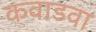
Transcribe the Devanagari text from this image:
कवाडवा